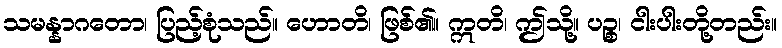
သမန္နာဂတော၊ ပြည့်စုံသည်။ ဟောတိ၊ ဖြစ်၏။ ဣတိ၊ ဤသို့။ ပဉ္စ၊ ငါးပါးတို့တည်း။